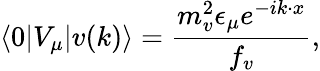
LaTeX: \langle 0|V_{\mu}|v(k)\rangle=\frac{m_{v}^{2}\epsilon_{\mu}e^{-ik\cdot x}}{f_{v}},